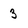
Character: 3